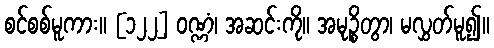
စင်စစ်မူကား။ [၁၂၂] ဝဏ္ဏံ၊ အဆင်းကို။ အမုဉ္စိတွာ၊ မလွှတ်မူ၍။